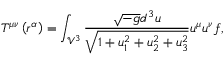
T ^ { \mu \nu } \left( r ^ { \alpha } \right) = \int _ { \mathcal { V } ^ { 3 } } \frac { \sqrt { - g } d ^ { 3 } u } { \sqrt { 1 + u _ { 1 } ^ { 2 } + u _ { 2 } ^ { 2 } + u _ { 3 } ^ { 2 } } } u ^ { \mu } u ^ { \nu } f ,